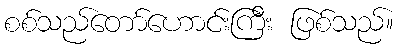
စစ်သည်တော်ဟောင်းကြီး ဖြစ်သည်။